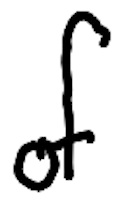
Text: of
Cross-out: clean
Writing tool: digital_black